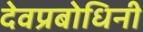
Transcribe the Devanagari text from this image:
देवप्रबोधिनी